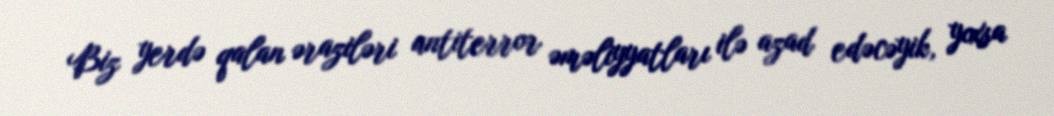
Biz yerdə qalan əraziləri antiterror əməliyyatları ilə azad edəcəyik, yoxsa